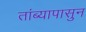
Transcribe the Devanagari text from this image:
तांब्यापासुन